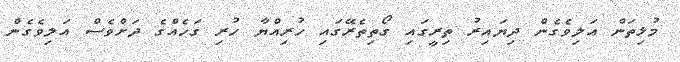
މުޅިތަން އަލިވެގެން ދިޔައިރު ތިރީގައި ގޯތިތެރޭގައި ހުރިއްޔާ ހުރި ގަހެއްގެ ދަށްވެސް އަލިވެގެން